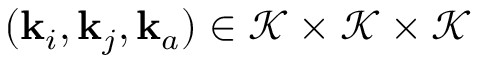
( \mathbf { k } _ { i } , \mathbf { k } _ { j } , \mathbf { k } _ { a } ) \in \mathcal { K } \times \mathcal { K } \times \mathcal { K }